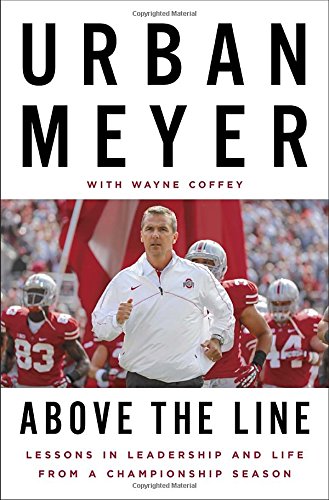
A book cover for Above the Line: Lessons in Leadership and Life from a Championship Season; Urban Meyer; Business & Money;